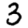
Digit: 3